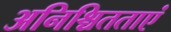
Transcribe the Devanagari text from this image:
अनिश्चितताएं